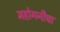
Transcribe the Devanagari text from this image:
महोगनीचा